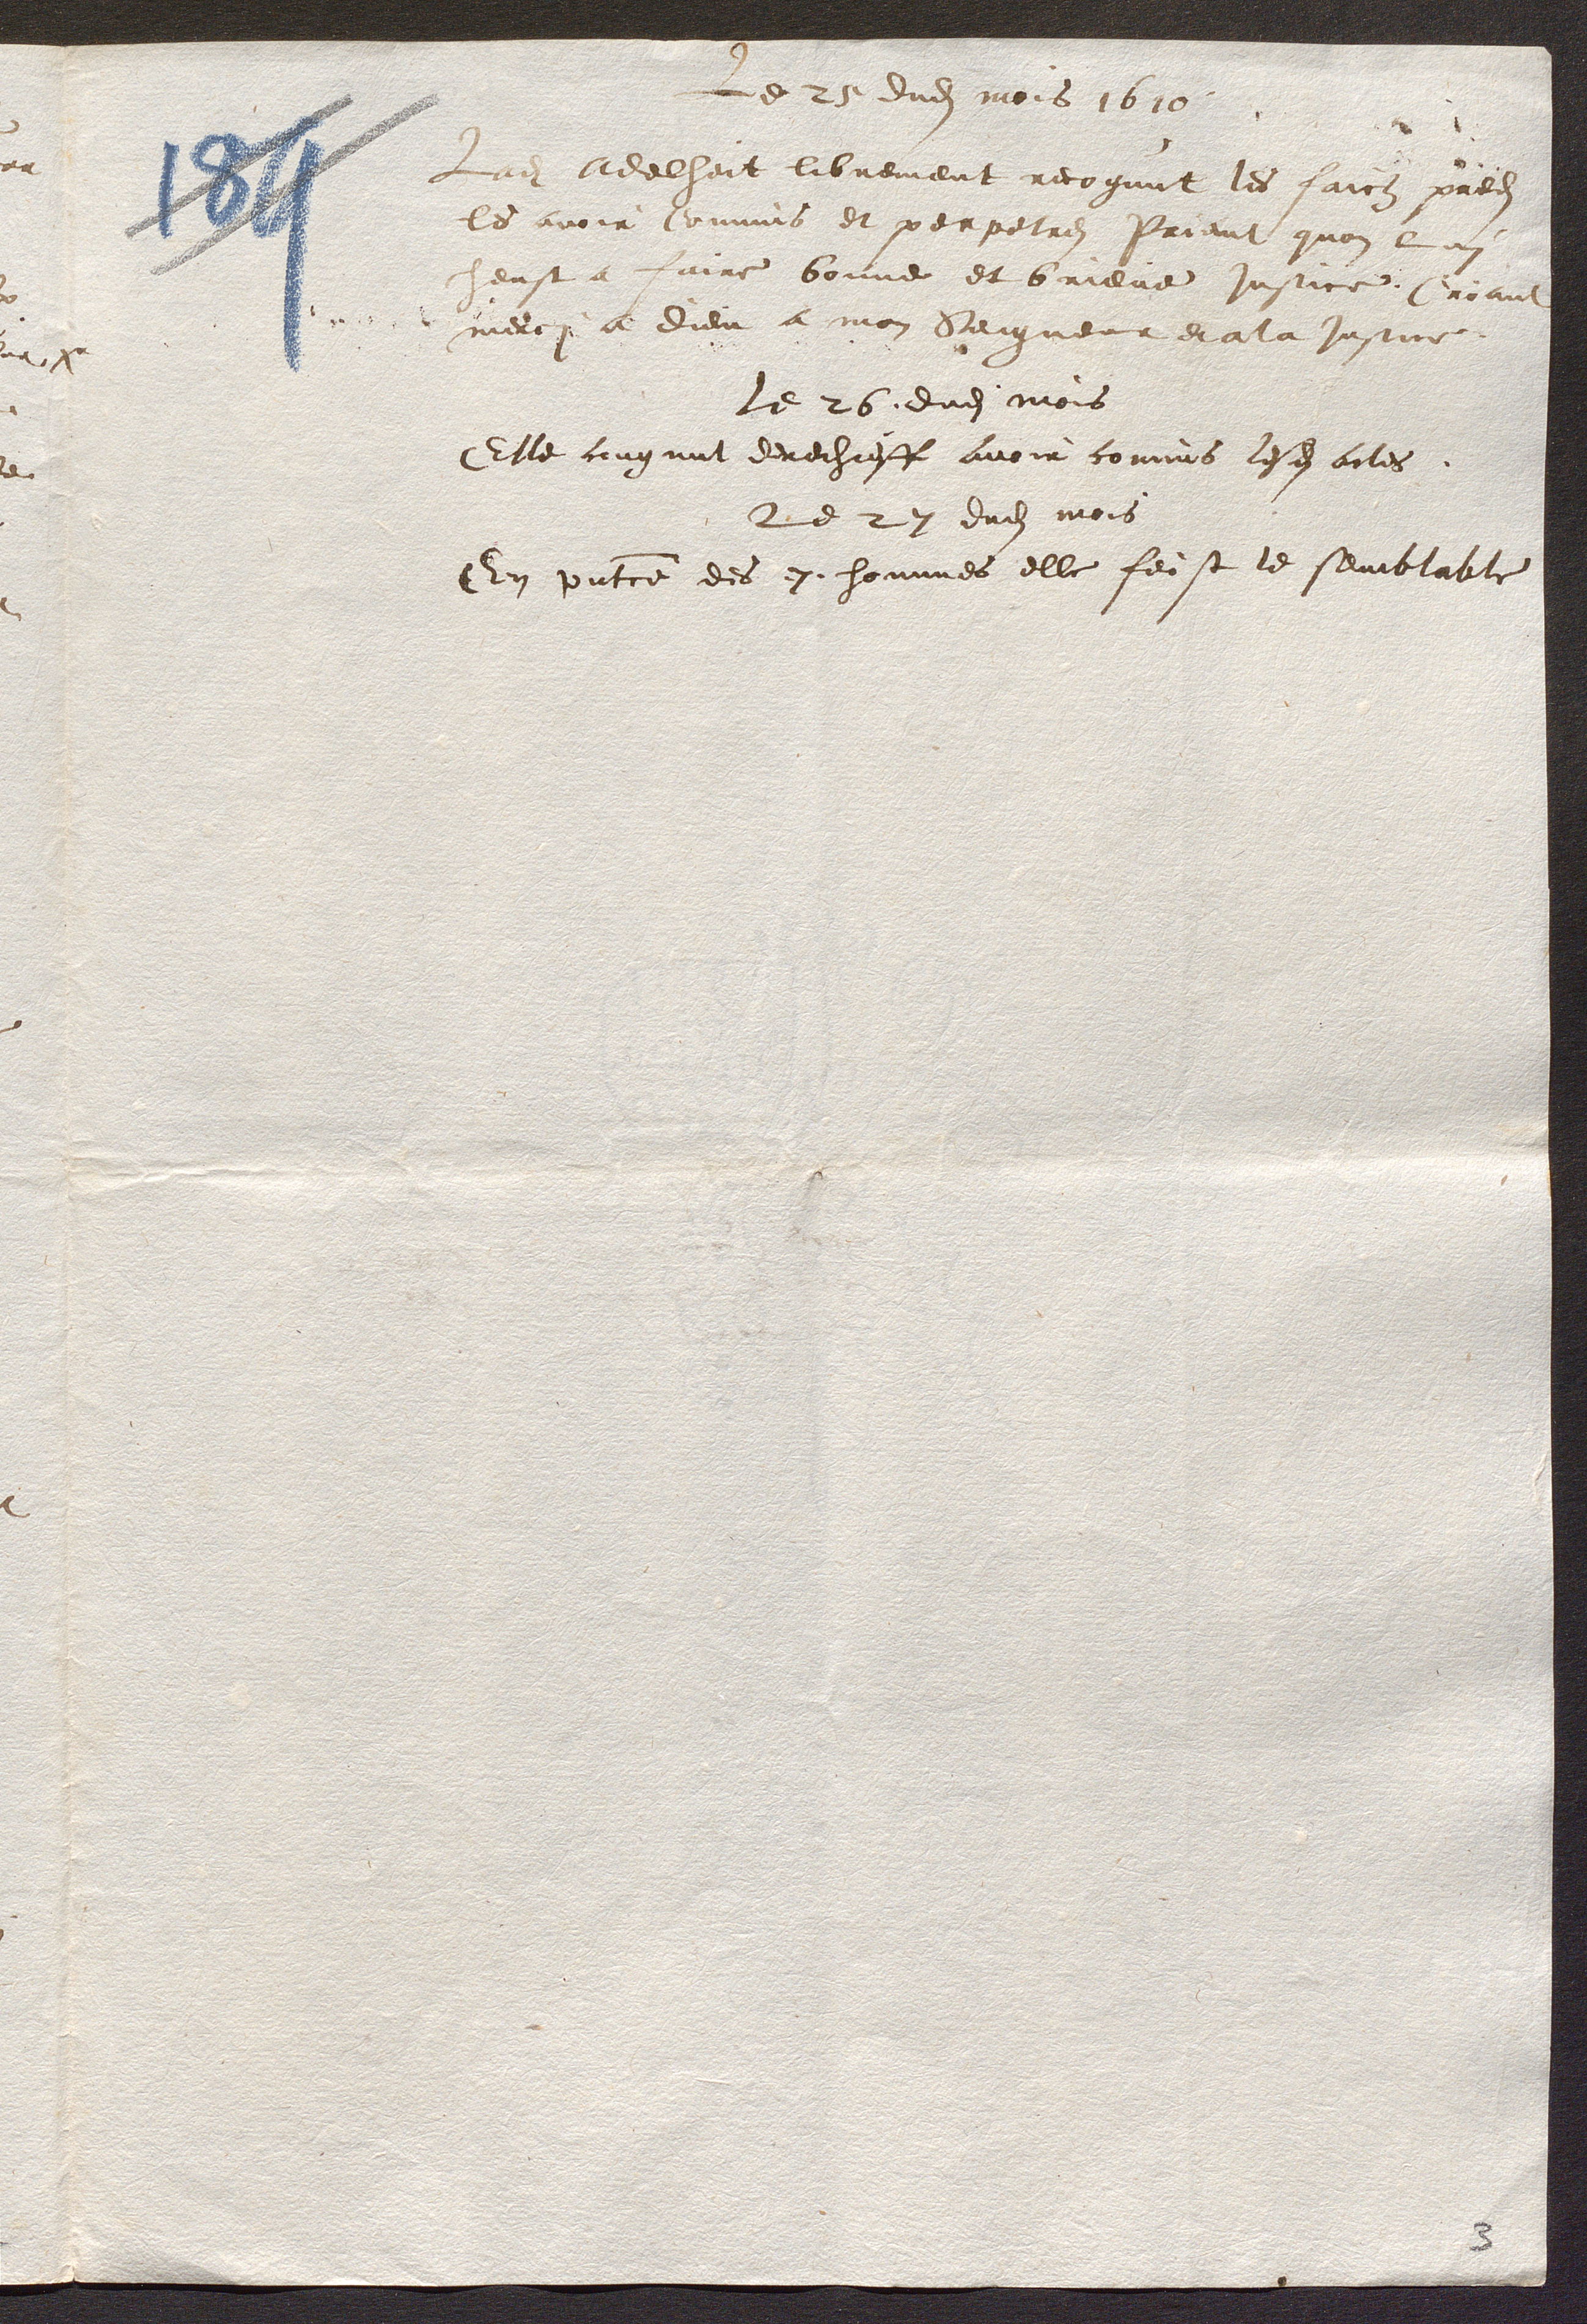
Le 25 dudit mois 1610
Ladite Adelheit librement recognut les faictz predits
les avoir Commis et perpetres Priant quon lui
heust a faire bonne et brieve justice, Criant
merci a Dieu a mon Seigneur et a la Justice.
Le 26. dudit mois
Elle cougnut derechieff avoir commis lesdits actes.
Le 27 dudit mois
En presentce des .7. hommes elle feist le semblable